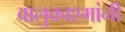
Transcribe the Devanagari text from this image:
वालुकाश्मांनी